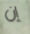
إن